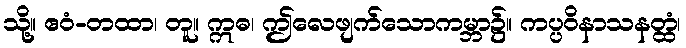
သို့။ ဧဝံ-တထာ၊ တူ။ ဣဓ၊ ဤလေဖျက်သောကမ္ဘာ၌။ ကပ္ပဝိနာသနတ္ထံ၊